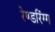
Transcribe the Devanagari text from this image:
रेण्डरिंग्ग